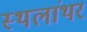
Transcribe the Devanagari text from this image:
स्थलांथर